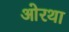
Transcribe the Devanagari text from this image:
ओरथा